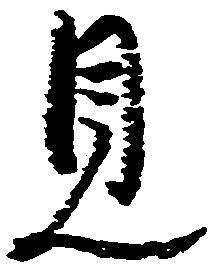
見